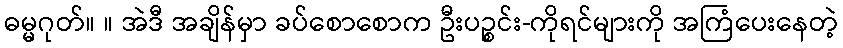
ဓမ္မဂုတ်။ ။ အဲဒီ အချိန်မှာ ခပ်စောစောက ဦးပဉ္စင်း-ကိုရင်များကို အကြံပေးနေတဲ့